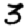
Digit: 3